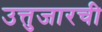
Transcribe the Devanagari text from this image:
उत्तुजारची